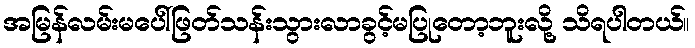
အမြန်လမ်းမပေါ်ဖြတ်သန်းသွားလာခွင့်မပြုတော့ဘူးလို့ သိရပါတယ်။